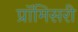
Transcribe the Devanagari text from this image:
प्रॉमिसरी